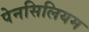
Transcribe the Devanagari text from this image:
पेनसिलियम